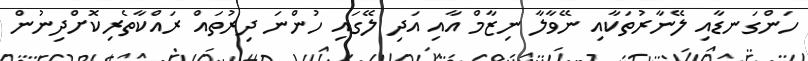
ހަންގަނޑާއި ލޭނާރުތަކާއި ނޭވާލާ ނިޒާމް އާއި އަދި ލޭގައި ހުންނަ ދިރުތައް ރައްކާތެރިކޮށްދިނުން